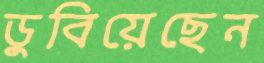
ডুবিয়েছেন